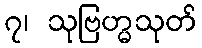
၇၊ သုဗြဟ္မသုတ်